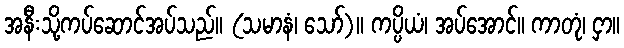
အနီးသို့ကပ်ဆောင်အပ်သည်။ (သမာနံ၊ သော်)။ ကပ္ပိယံ၊ အပ်အောင်။ ကာတုံ၊ ငှာ။